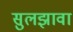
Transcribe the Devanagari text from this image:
सुलझावा